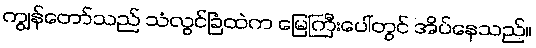
ကျွန်တော်သည် သံလွင်ခြံထဲက မြေကြီးပေါ်တွင် အိပ်နေသည်။